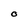
Character: O